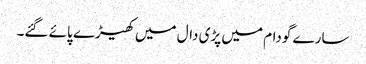
سارے گودام میں پڑی دال میں کھیڑے پائے گئے۔